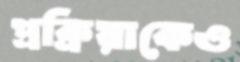
প্রক্রিয়াকেও